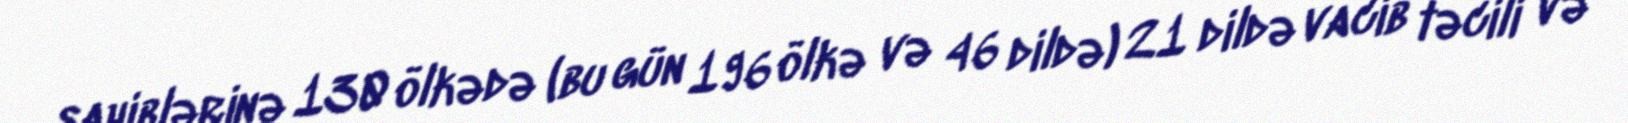
sahiblərinə 130 ölkədə (bu gün 196 ölkə və 46 dildə) 21 dildə vacib təcili və